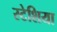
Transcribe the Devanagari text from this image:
स्टेशिया